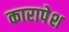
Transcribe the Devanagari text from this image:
कारापेश